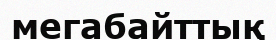
мегабайттық